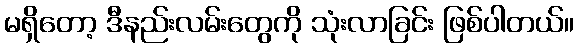
မရှိတော့ ဒီနည်းလမ်းတွေကို သုံးလာခြင်း ဖြစ်ပါတယ်။